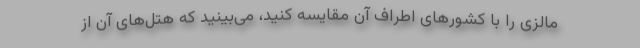
مالزی را با کشورهای اطراف آن مقایسه کنید، می‌بینید که هتل‌های آن از